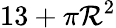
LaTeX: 13+\pi\mathcal{R}^{2}